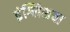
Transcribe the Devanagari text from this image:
इंग्लिशचा